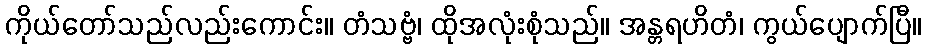
ကိုယ်တော်သည်လည်းကောင်း။ တံသဗ္ဗံ၊ ထိုအလုံးစုံသည်။ အန္တရဟိတံ၊ ကွယ်ပျောက်ပြီ။